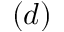
( d )